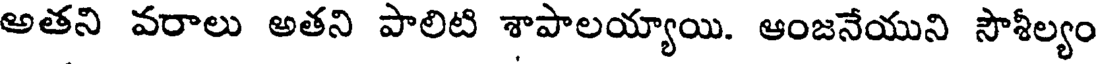
అతని వరాలు అతని పాలిటి శాపాలయ్యాయి. ఆంజనేయుని సౌశీల్యం